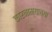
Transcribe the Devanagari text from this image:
कारनाम्याच्या